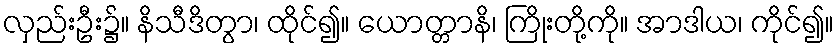
လှည်းဦး၌။ နိသီဒိတွာ၊ ထိုင်၍။ ယောတ္တာနိ၊ ကြိုးတို့ကို။ အာဒါယ၊ ကိုင်၍။